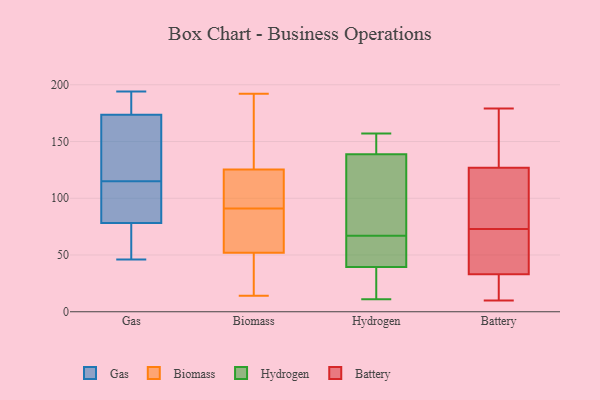
{"axis": {"x": "Website Visitors", "y": "Value"}, "legend": ["Battery", "Biomass", "Gas", "Hydrogen"], "data": [{"x": "", "y": 178, "type": "Gas"}, {"x": "", "y": 194, "type": "Gas"}, {"x": "", "y": 78, "type": "Gas"}, {"x": "", "y": 91, "type": "Gas"}, {"x": "", "y": 159, "type": "Gas"}, {"x": "", "y": 75, "type": "Gas"}, {"x": "", "y": 79, "type": "Gas"}, {"x": "", "y": 160, "type": "Gas"}, {"x": "", "y": 115, "type": "Gas"}, {"x": "", "y": 46, "type": "Gas"}, {"x": "", "y": 184, "type": "Gas"}, {"x": "", "y": 96, "type": "Biomass"}, {"x": "", "y": 72, "type": "Biomass"}, {"x": "", "y": 168, "type": "Biomass"}, {"x": "", "y": 51, "type": "Biomass"}, {"x": "", "y": 192, "type": "Biomass"}, {"x": "", "y": 68, "type": "Biomass"}, {"x": "", "y": 78, "type": "Biomass"}, {"x": "", "y": 20, "type": "Biomass"}, {"x": "", "y": 111, "type": "Biomass"}, {"x": "", "y": 168, "type": "Biomass"}, {"x": "", "y": 55, "type": "Biomass"}, {"x": "", "y": 94, "type": "Biomass"}, {"x": "", "y": 33, "type": "Biomass"}, {"x": "", "y": 167, "type": "Biomass"}, {"x": "", "y": 91, "type": "Biomass"}, {"x": "", "y": 14, "type": "Biomass"}, {"x": "", "y": 130, "type": "Biomass"}, {"x": "", "y": 110, "type": "Biomass"}, {"x": "", "y": 48, "type": "Biomass"}, {"x": "", "y": 145, "type": "Hydrogen"}, {"x": "", "y": 41, "type": "Hydrogen"}, {"x": "", "y": 39, "type": "Hydrogen"}, {"x": "", "y": 26, "type": "Hydrogen"}, {"x": "", "y": 67, "type": "Hydrogen"}, {"x": "", "y": 140, "type": "Hydrogen"}, {"x": "", "y": 54, "type": "Hydrogen"}, {"x": "", "y": 23, "type": "Hydrogen"}, {"x": "", "y": 135, "type": "Hydrogen"}, {"x": "", "y": 11, "type": "Hydrogen"}, {"x": "", "y": 157, "type": "Hydrogen"}, {"x": "", "y": 69, "type": "Hydrogen"}, {"x": "", "y": 64, "type": "Hydrogen"}, {"x": "", "y": 151, "type": "Hydrogen"}, {"x": "", "y": 122, "type": "Hydrogen"}, {"x": "", "y": 121, "type": "Battery"}, {"x": "", "y": 15, "type": "Battery"}, {"x": "", "y": 165, "type": "Battery"}, {"x": "", "y": 129, "type": "Battery"}, {"x": "", "y": 30, "type": "Battery"}, {"x": "", "y": 57, "type": "Battery"}, {"x": "", "y": 179, "type": "Battery"}, {"x": "", "y": 42, "type": "Battery"}, {"x": "", "y": 44, "type": "Battery"}, {"x": "", "y": 73, "type": "Battery"}, {"x": "", "y": 168, "type": "Battery"}, {"x": "", "y": 10, "type": "Battery"}, {"x": "", "y": 105, "type": "Battery"}, {"x": "", "y": 10, "type": "Battery"}, {"x": "", "y": 94, "type": "Battery"}]}